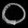
Digit: ၀